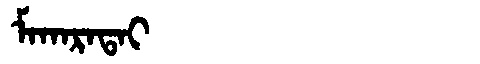
Manchu: ᠮᠠᡴᠠᡵᠠᡨᠠᡳ
Romanization: MAKARATAI